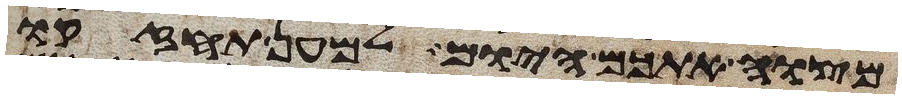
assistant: מצוה אתכם היום למען תחזקו